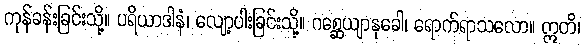
ကုန်ခန်းခြင်းသို့။ ပရိယာဒါနံ၊ လျော့ပါးခြင်းသို့။ ဂစ္ဆေယျာနုခေါ၊ ရောက်ရာသလော။ ဣတိ၊